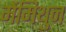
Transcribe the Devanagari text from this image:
मेंमिथुन